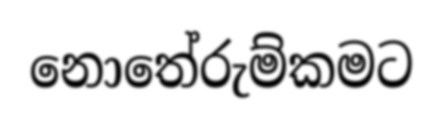
නොතේරුම්කමට